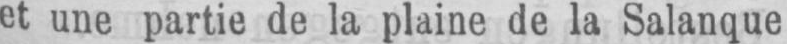
et une partie de la plaine de la Salanque